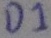
Text: D1